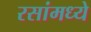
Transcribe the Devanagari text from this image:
रसांमध्ये